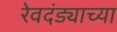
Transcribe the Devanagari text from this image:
रेवदंड्याच्या